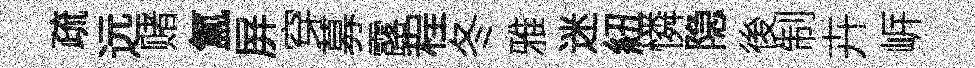
疏远赌氲屏穿募露程冬雅迷紐憐隐後制卉㟁